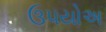
ઉપયોઅ